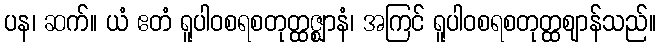
ပန၊ ဆက်။ ယံ ဧတံ ရူပါဝစရစတုတ္ထဇ္ဈာနံ၊ အကြင် ရူပါဝစရစတုတ္ထဈာန်သည်။